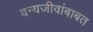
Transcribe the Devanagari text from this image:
वन्यजीवांबाबत